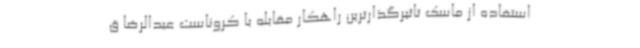
استفاده از ماسک تاثیرگذارترین راهکار مقابله با کروناست عبدالرضا ق